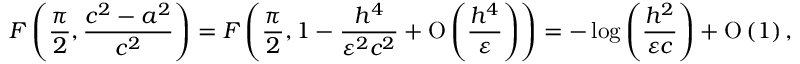
F \left( \frac { \pi } { 2 } , \frac { c ^ { 2 } - a ^ { 2 } } { c ^ { 2 } } \right) = F \left( \frac { \pi } { 2 } , 1 - \frac { h ^ { 4 } } { \varepsilon ^ { 2 } c ^ { 2 } } + \ensuremath { \operatorname { O } \left( \frac { h ^ { 4 } } { \varepsilon } \right) } \right) = - \log { \left( \frac { h ^ { 2 } } { \varepsilon c } \right) } + \ensuremath { \operatorname { O } \left( 1 \right) } ,